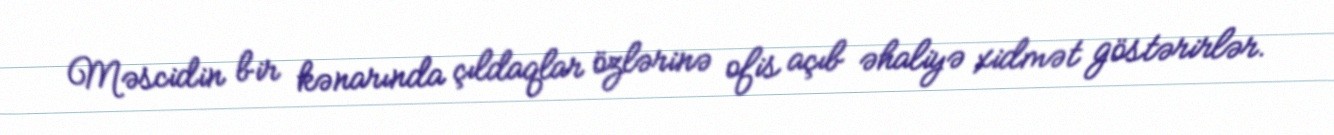
Məscidin bir kənarında çıldaqlar özlərinə ofis açıb əhaliyə xidmət göstərirlər.